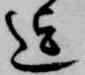
迄